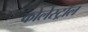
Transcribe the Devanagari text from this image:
कोलेस्‍ट्रॉल